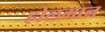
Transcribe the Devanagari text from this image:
होलमान